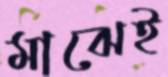
মাঝেই